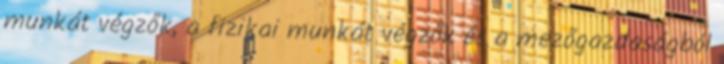
munkát végzők, a fizikai munkát végzők és a mezőgazdaságból